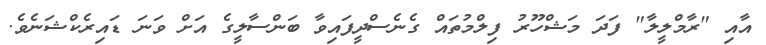
އާއި "ރާމްލީލާ" ފަދަ މަޝްހޫރު ފިލްމުތައް ގެނެސްދީފައިވާ ބަންސާލީގެ އަށް ވަނަ ޑައިރެކްޝަނެވެ.